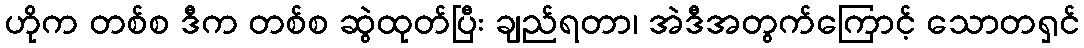
ဟိုက တစ်စ ဒီက တစ်စ ဆွဲထုတ်ပြီး ချည်ရတာ၊ အဲဒီအတွက်ကြောင့် သောတရှင်